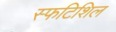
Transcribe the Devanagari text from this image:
स्फटिशिल